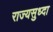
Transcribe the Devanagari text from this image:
राज्यसुध्दा